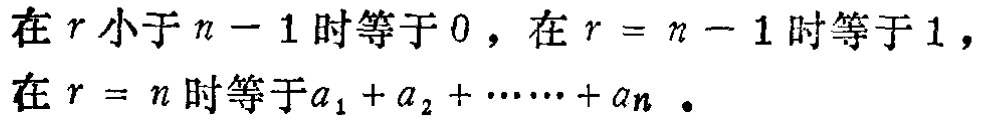
在\(r\)小于\(n - 1\)时等于\(0\)，在\(r = n - 1\)时等于\(1\)，在\(r = n\)时等于\(a_{1} + a_{2} + \cdots + a_{n}\)。